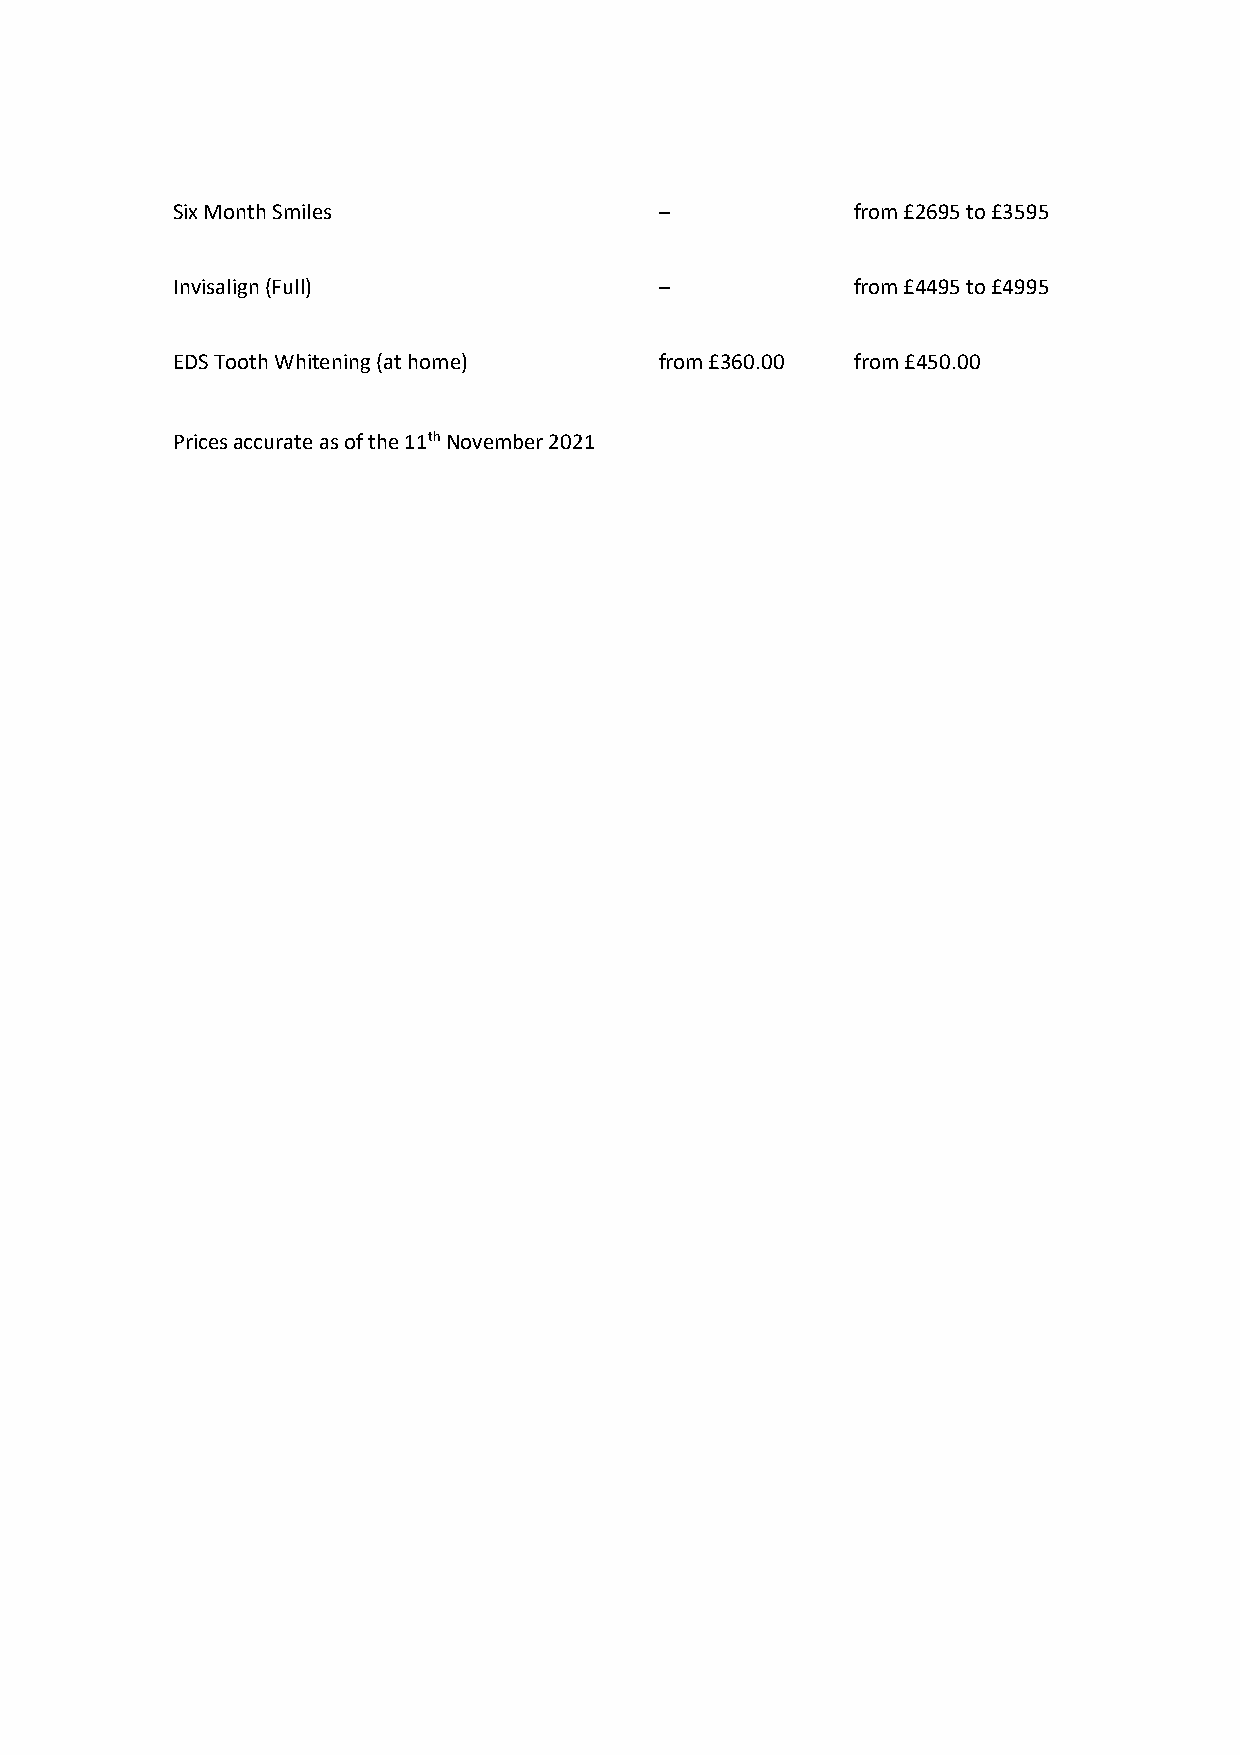
Six Month Smiles                 –            from £2695 to £3595
 Invisalign (Full)                –            from £4495 to £4995
 EDS Tooth Whitening (at home)    from £360.00 from £450.00
 Prices accurate as of the 11th November 2021